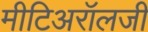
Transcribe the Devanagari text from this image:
मीटिअरॉलजी